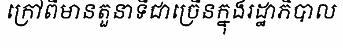
ក្រៅពីមានតួនាទីជាច្រើនក្នុងរដ្ឋាភិបាល